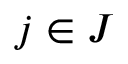
j \in J